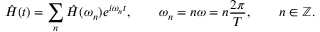
\hat { H } ( t ) = \sum _ { n } \hat { H } ( \omega _ { n } ) e ^ { i \omega _ { n } t } , \qquad \omega _ { n } = n \omega = n \frac { 2 \pi } { T } , \qquad n \in \mathbb { Z } .